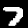
Label: 7